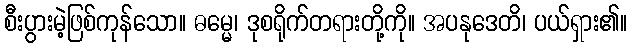
စီးပွားမဲ့ဖြစ်ကုန်သော။ ဓမ္မေ၊ ဒုစရိုက်တရားတို့ကို။ အပနုဒေတိ၊ ပယ်ရှား၏။